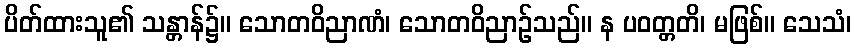
ပိတ်ထားသူ၏ သန္တာန်၌။ သောတဝိညာဏံ၊ သောတဝိညာဉ်သည်။ န ပဝတ္တတိ၊ မဖြစ်။ သေသံ၊